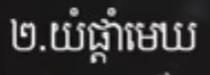
២.យំផ្ដាំមេឃ